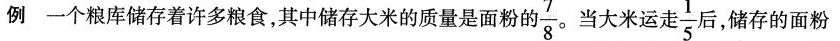
例一个粮库储存着许多粮食，其中储存大米的质量是面粉的 \frac{7}{8} 。当大米运走 \frac{1}{5} 后，储存的面粉